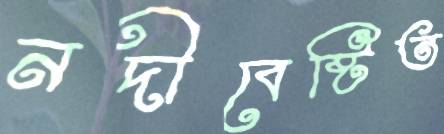
নদীবেষ্টিত